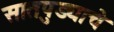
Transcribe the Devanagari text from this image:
सातपुड्याचे